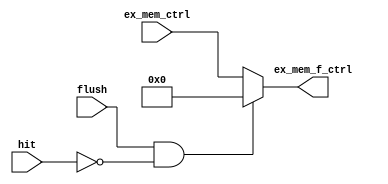
// EX_MEM Register  control signal flush  

module EX_MEM_FLUSH
(
    input           flush           ,
    input           hit             ,
    input   [4:0]   ex_mem_ctrl     ,

    output  [4:0]   ex_mem_f_ctrl
);

    // Flush flag 1 set  hit 0 set => Flush
    // hit 1  Jump  control signal   
    assign ex_mem_f_ctrl = (flush && !hit) ? 5'b0 : ex_mem_ctrl;
    
endmodule